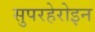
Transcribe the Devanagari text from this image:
सुपरहेरोइन